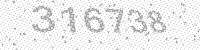
Solution: 316738